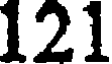
121